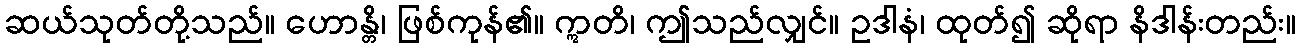
ဆယ်သုတ်တို့သည်။ ဟောန္တိ၊ ဖြစ်ကုန်၏။ ဣတိ၊ ဤသည်လျှင်။ ဥဒါနံ၊ ထုတ်၍ ဆိုရာ နိဒါန်းတည်း။